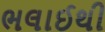
ભલાઈથી